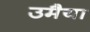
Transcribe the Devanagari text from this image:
उमैया